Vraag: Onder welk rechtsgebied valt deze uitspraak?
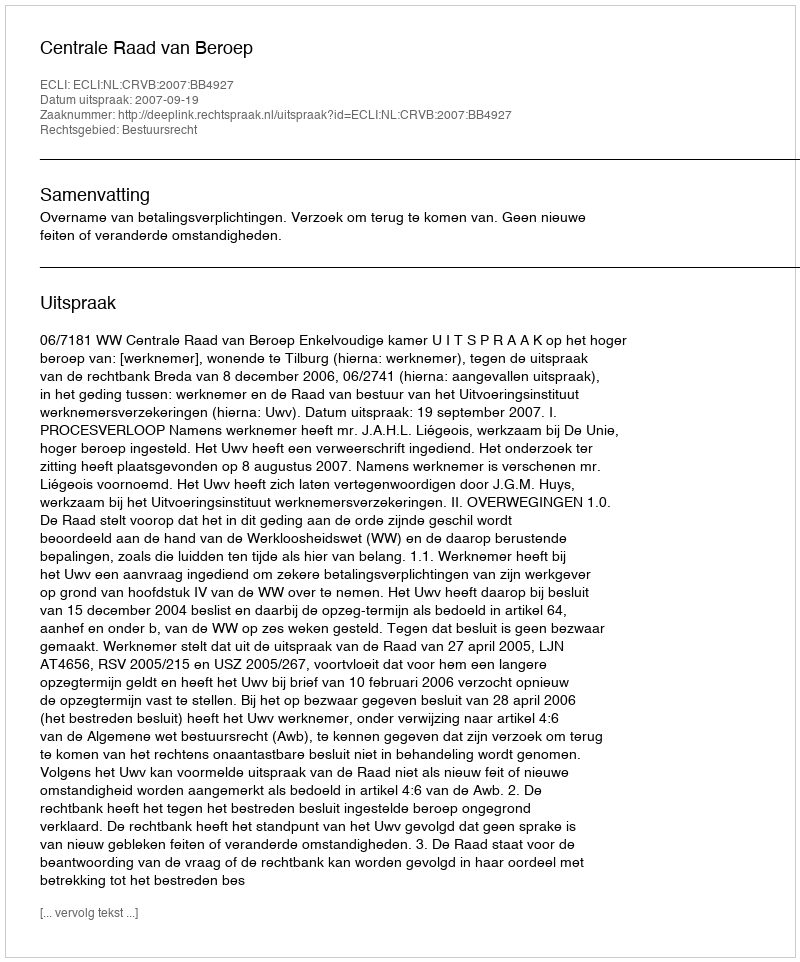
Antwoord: Bestuursrecht